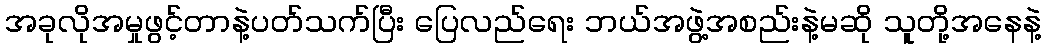
အခုလိုအမှုဖွင့်တာနဲ့ပတ်သက်ပြီး ပြေလည်ရေး ဘယ်အဖွဲ့အစည်းနဲ့မဆို သူတို့အနေနဲ့